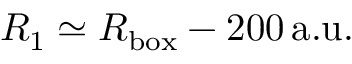
R _ { 1 } \simeq R _ { \mathrm { b o x } } - 2 0 0 \, \mathrm { a . u . }